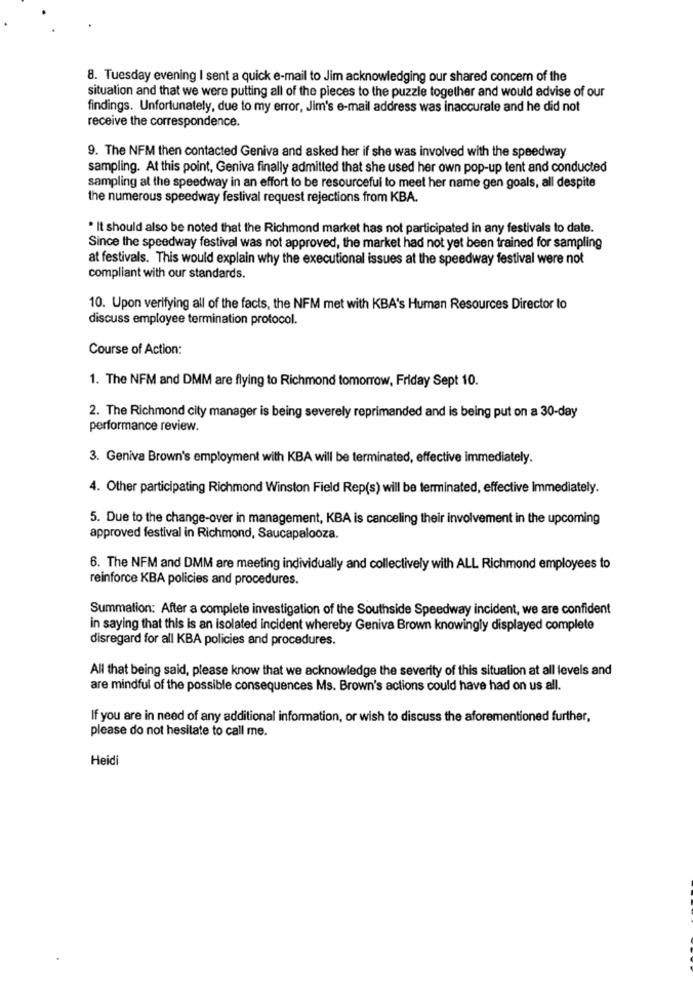
8. Tuesday evening I sent a quick e-mail to Jim acknowledging our shared concern of the
situation and that we were putting all of the pieces to the puzzle together and would advise of our
findings. Unfortunately, due to my error, Jim's e-mail address was inaccurate and he did not
receive the correspondence.
9. The NFM then contacted Geniva and asked her if she was involved with the speedway
sampling. At this point, Geniva finally admitted that she used her own pop-up tent and conducted
sampling at the speedway in an effort to be resourceful to meet her name gen goals, all despite
the numerous speedway festival request rejections from KBA.
. It should also be noted that the Richmond market has not participated in any festivals to date.
Since the speedway festival was not approved, the market had not yet been trained for sampling
at festivals. This would explain why the executional issues at the speedway festival were not
compliant with our standards.
10. Upon verifying all of the facts, the NFM met with KBA's Human Resources Director to
discuss employee termination protocol.
Course of Action:
1. The NFM and DMM are flying to Richmond tomorrow, Friday Sept 10.
2. The Richmond city manager is being severely reprimanded and is being put on a 30-day
performance review.
3. Geniva Brown's employment with KBA will be terminated, effective immediately.
4. Other participating Richmond Winston Field Rep(s) will be terminated, effective Immediately.
5. Due to the change-over in management, KBA is canceling their involvement in the upcoming
approved festival in Richmond, Saucapalooza.
6. The NFM and DMM are meeting individually and collectively with ALL Richmond employees to
reinforce KBA policies and procedures.
Summation: After a complete investigation of the Southside Speedway incident, we are confident
in saying that this is an isolated incident whereby Geniva Brown knowingly displayed complete
disregard for all KBA policies and procedures.
All that being said, please know that we acknowledge the severity of this situation at all levels and
are mindful of the possible consequences Ms. Brown's actions could have had on us all.
If you are in need of any additional information, or wish to discuss the aforementioned further,
please do not hesitate to call me.
Heidi